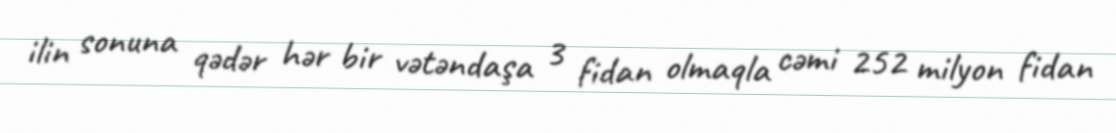
ilin sonuna qədər hər bir vətəndaşa 3 fidan olmaqla cəmi 252 milyon fidan